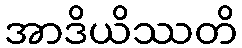
အာဒိယိဿတိ